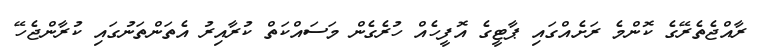
ރާއްޖެތެރޭގެ ކޮންމެ ރަށެއްގައި ޕާޓީގެ އޮފީހެއް ހުރެގެން މަސައްކަތް ކުރާއިރު އެތަންތަނުގައި ކުރާންޖެހޭ